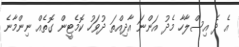
އެ ދެ އިސްލާހާ މެދު އަންނަ އާދިއްތަ ދުވަހު ކޮމެޓީން ގޮތެއް ނިންމާނެ